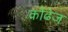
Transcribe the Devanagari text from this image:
कोंढेज